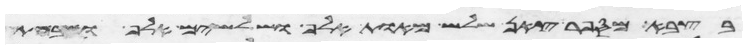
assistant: בצבא מספר צאן שלש מאות אלף ושלשים אלף ושבעת